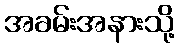
အခမ်းအနားသို့